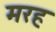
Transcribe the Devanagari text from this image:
मरह